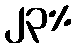
၂၃%